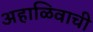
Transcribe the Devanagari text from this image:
अहाळिवाची